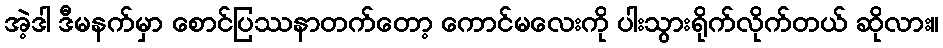
အဲ့ဒါ ဒီမနက်မှာ စောင်ပြဿနာတက်တော့ ကောင်မလေးကို ပါးသွားရိုက်လိုက်တယ် ဆိုလား။